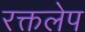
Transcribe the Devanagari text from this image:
रक्तलेप